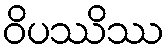
ဝိပဿိဿ